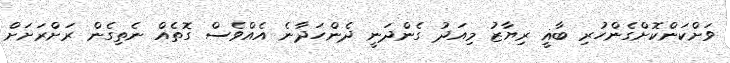
ވަށްކަންކޮށްގެންހުރި ބާޣީ ރިޔާޒު މިއަދު ގެންދަނީ ދެންހަދާނެ އެއްވެސް ގޮތެއް ނެތިގެން ރަށްރަށަށް